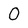
Character: O